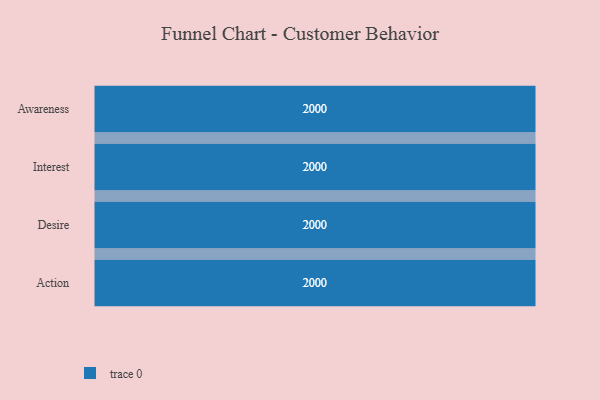
{"axis": {"x": "Stage", "y": "Value"}, "legend": [""], "data": [{"x": "Awareness", "y": 2000, "type": ""}, {"x": "Interest", "y": 2000, "type": ""}, {"x": "Desire", "y": 2000, "type": ""}, {"x": "Action", "y": 2000, "type": ""}]}